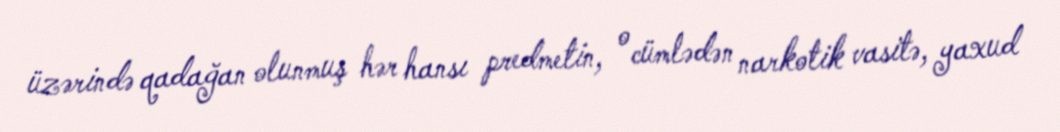
üzərində qadağan olunmuş hər hansı predmetin, o cümlədən narkotik vasitə, yaxud